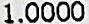
1.0000